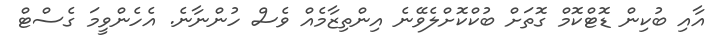
އާއި ބުކިން ޑޮޓްކޮމް ގޮތަށް ބުކްކޮށްލެވޭނެ އިންތިޒާމެއް ވެސް ހުންނާނެ. އެހެންވީމަ ގެސްޓް